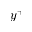
y ^ { + }